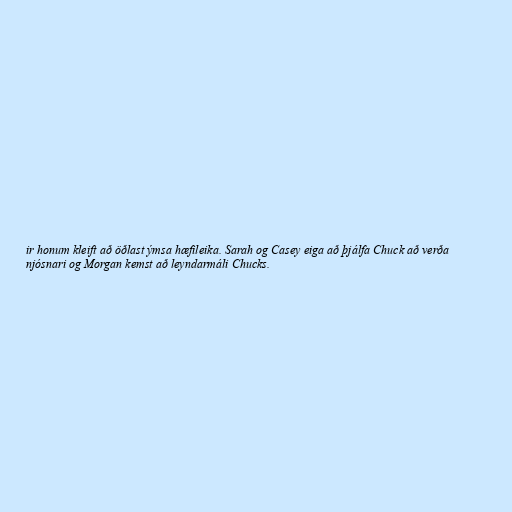
ir honum kleift að öðlast ýmsa hæfileika. Sarah og Casey eiga að þjálfa Chuck að verða
njósnari og Morgan kemst að leyndarmáli Chucks.